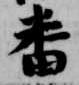
番